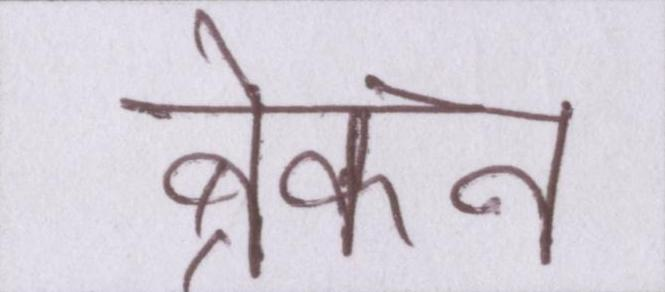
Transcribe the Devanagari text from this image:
ब्रेकन